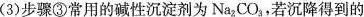
(3)步骤③常用的碱性沉淀剂为Na——{2}CO_{3}，若沉降得到的